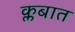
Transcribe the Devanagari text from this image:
क्लबात